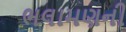
ભલામણની